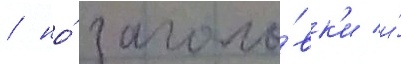
/ но́ заголо́вк'и и́